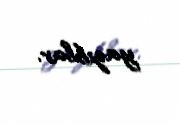
yazıblar.